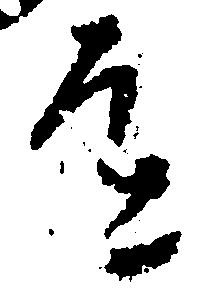
道